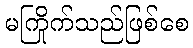
မကြိုက်သည်ဖြစ်စေ